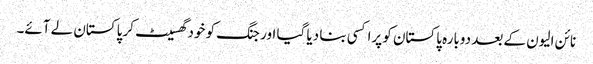
نائن الیون کے بعد دوبارہ پاکستان کو پراکسی بنا دیا گیا اور جنگ کو خود گھسیٹ کر پاکستان لے آئے۔